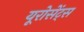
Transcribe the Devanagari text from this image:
यूरोसेंट्स